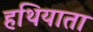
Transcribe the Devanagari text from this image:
हथियाता